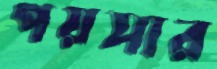
পয়সার